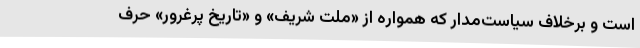
است و برخلاف سیاست‌مدار که همواره از «ملت شریف» و «تاریخ پرغرور» حرف